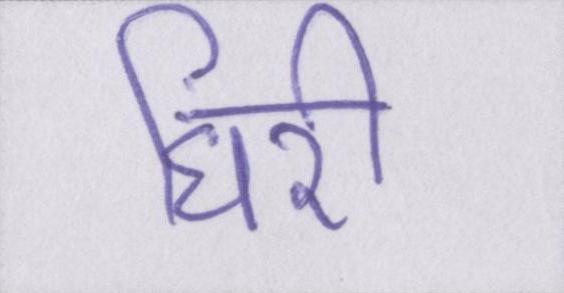
घिरी